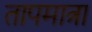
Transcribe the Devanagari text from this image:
तापमात्रा